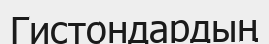
Гистондардың